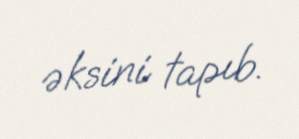
əksini tapıb.